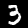
Label: 3